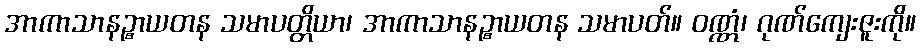
အာကာသာနဉ္စာယတန သမာပတ္တိယာ၊ အာကာသာနဉ္စာယတန သမာပတ်။ ဝဏ္ဏံ၊ ဂုဏ်ကျေးဇူးကို။